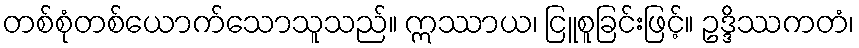
တစ်စုံတစ်ယောက်သောသူသည်။ ဣဿာယ၊ ငြူစူခြင်းဖြင့်။ ဥဒ္ဒိဿကတံ၊